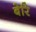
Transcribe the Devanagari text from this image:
बेरि